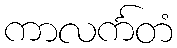
ကာလင်္ကတံ